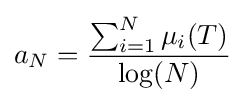
a_{N}={\frac {\sum _{i=1}^{N}\mu _{i}(T)}{\log(N)}}